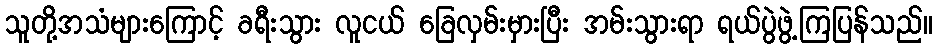
သူတို့အသံများကြောင့် ခရီးသွား လူငယ် ခြေလှမ်းမှားပြီး အမ်းသွားရာ ရယ်ပွဲဖွဲ့ကြပြန်သည်။